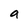
Character: a